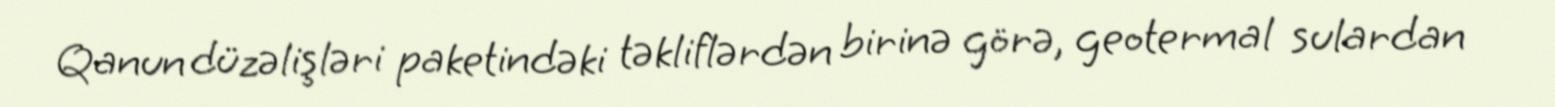
Qanun düzəlişləri paketindəki təkliflərdən birinə görə, geotermal sulardan